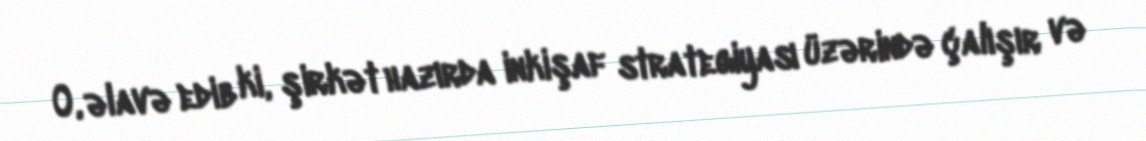
O, əlavə edib ki, şirkət hazırda inkişaf strategiyası üzərində çalışır və